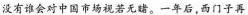
没有谁会对中国市场视若无睹。一年后，西门子再